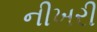
નીખરી